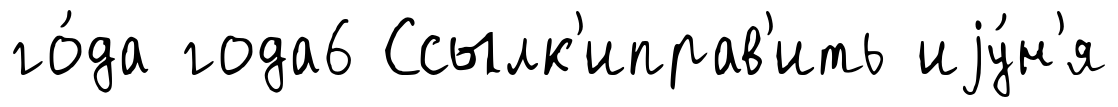
го́да года6 Ссылк'иправ'ить иjу́н'я